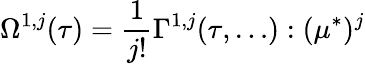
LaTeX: {}\Omega^{1,j}(\tau)=\frac{1}{j!}\Gamma^{1,j}(\tau,\dots):(\mu^{*})^{j}